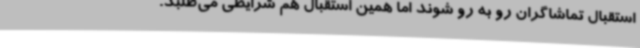
استقبال تماشاگران رو به رو شوند اما همین استقبال هم شرایطی می‌طلبد.